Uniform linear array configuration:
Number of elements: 32
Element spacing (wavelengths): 1
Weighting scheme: cosine
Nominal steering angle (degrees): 60
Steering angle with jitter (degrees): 59.9
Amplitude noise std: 0.05
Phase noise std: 0.05

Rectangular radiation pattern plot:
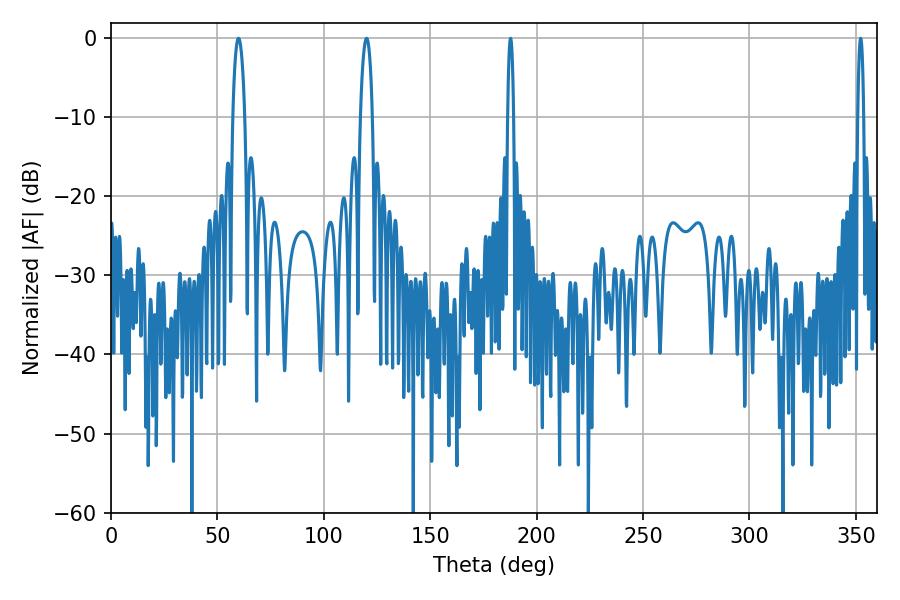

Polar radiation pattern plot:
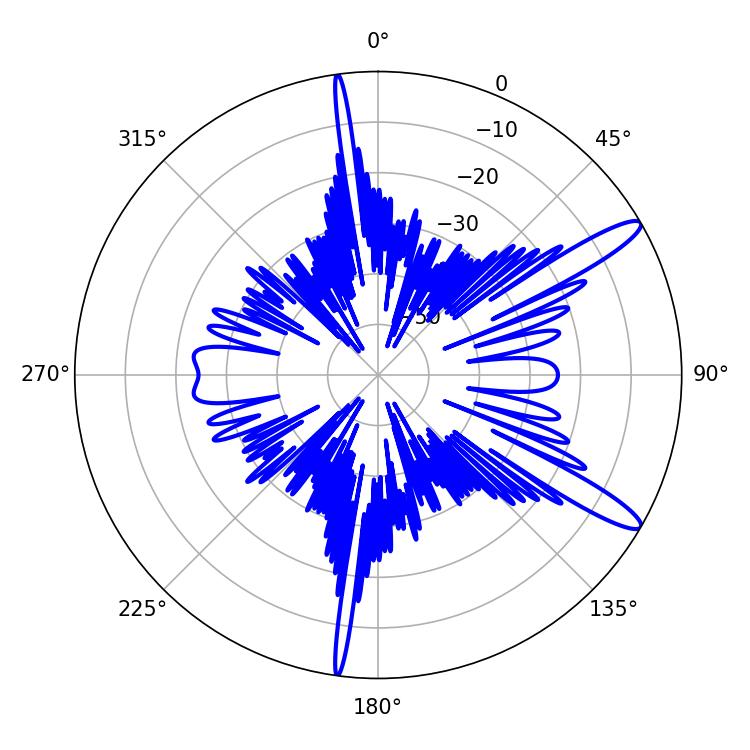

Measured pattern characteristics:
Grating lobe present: TRUE
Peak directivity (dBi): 13.082
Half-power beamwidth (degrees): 1.44
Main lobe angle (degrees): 187.74